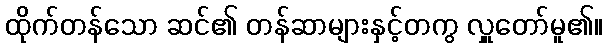
ထိုက်တန်သော ဆင်၏ တန်ဆာများနှင့်တကွ လှူတော်မူ၏။